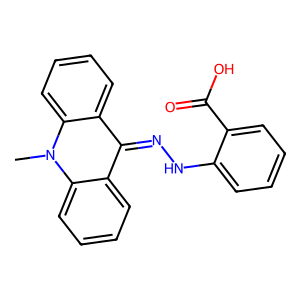
SMILES: Cn1c2ccccc2c(=NNc2ccccc2C(=O)O)c2ccccc21
Inhibits HIV replication: No